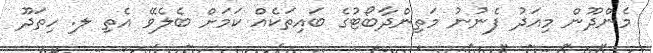
މެންދޫން މިއަދު ފެނުނު މަތިންދާބޯޓުގެ ބައިތަކެއް ކަމަށް ބެެލެވޭ އެތި ލ. ހިތަދޫ